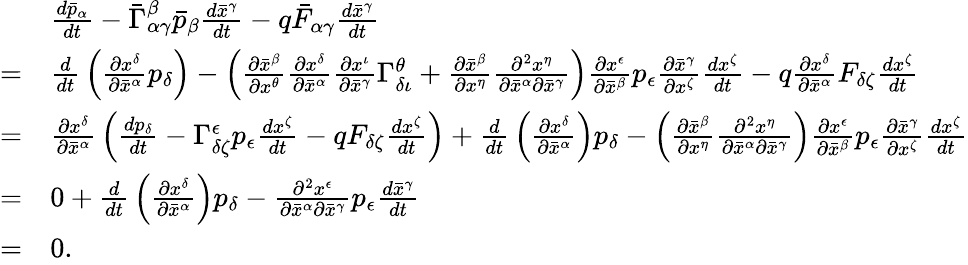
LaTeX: {\begin{array}{rl}&{{\frac{d{\bar{p}}_{\alpha}}{dt}}-{\bar{\Gamma}}_{\alpha\gamma}^{\beta}{\bar{p}}_{\beta}{\frac{d{\bar{x}}^{\gamma}}{dt}}-q{\bar{F}}_{\alpha\gamma}{\frac{d{\bar{x}}^{\gamma}}{dt}}}\\ {=}&{{\frac{d}{dt}}\left({\frac{\partial x^{\delta}}{\partial{\bar{x}}^{\alpha}}}p_{\delta}\right)-\left({\frac{\partial{\bar{x}}^{\beta}}{\partial x^{\theta}}}{\frac{\partial x^{\delta}}{\partial{\bar{x}}^{\alpha}}}{\frac{\partial x^{\iota}}{\partial{\bar{x}}^{\gamma}}}\Gamma_{\delta\iota}^{\theta}+{\frac{\partial{\bar{x}}^{\beta}}{\partial x^{\eta}}}{\frac{\partial^{2}x^{\eta}}{\partial{\bar{x}}^{\alpha}\partial{\bar{x}}^{\gamma}}}\right){\frac{\partial x^{\epsilon}}{\partial{\bar{x}}^{\beta}}}p_{\epsilon}{\frac{\partial{\bar{x}}^{\gamma}}{\partial x^{\zeta}}}{\frac{dx^{\zeta}}{dt}}-q{\frac{\partial x^{\delta}}{\partial{\bar{x}}^{\alpha}}}F_{\delta\zeta}{\frac{dx^{\zeta}}{dt}}}\\ {=}&{{\frac{\partial x^{\delta}}{\partial{\bar{x}}^{\alpha}}}\left({\frac{dp_{\delta}}{dt}}-\Gamma_{\delta\zeta}^{\epsilon}p_{\epsilon}{\frac{dx^{\zeta}}{dt}}-qF_{\delta\zeta}{\frac{dx^{\zeta}}{dt}}\right)+{\frac{d}{dt}}\left({\frac{\partial x^{\delta}}{\partial{\bar{x}}^{\alpha}}}\right)p_{\delta}-\left({\frac{\partial{\bar{x}}^{\beta}}{\partial x^{\eta}}}{\frac{\partial^{2}x^{\eta}}{\partial{\bar{x}}^{\alpha}\partial{\bar{x}}^{\gamma}}}\right){\frac{\partial x^{\epsilon}}{\partial{\bar{x}}^{\beta}}}p_{\epsilon}{\frac{\partial{\bar{x}}^{\gamma}}{\partial x^{\zeta}}}{\frac{dx^{\zeta}}{dt}}}\\ {=}&{0+{\frac{d}{dt}}\left({\frac{\partial x^{\delta}}{\partial{\bar{x}}^{\alpha}}}\right)p_{\delta}-{\frac{\partial^{2}x^{\epsilon}}{\partial{\bar{x}}^{\alpha}\partial{\bar{x}}^{\gamma}}}p_{\epsilon}{\frac{d{\bar{x}}^{\gamma}}{dt}}}\\ {=}&{0.}\end{array}}